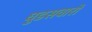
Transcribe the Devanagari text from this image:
घुडसवारों